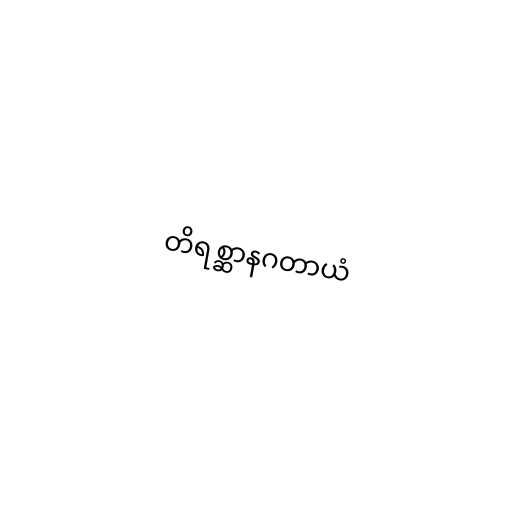
တိရစ္ဆာနဂတာယံ